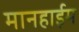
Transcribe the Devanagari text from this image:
मानहाईम